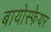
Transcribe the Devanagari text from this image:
बायोस्फेयर